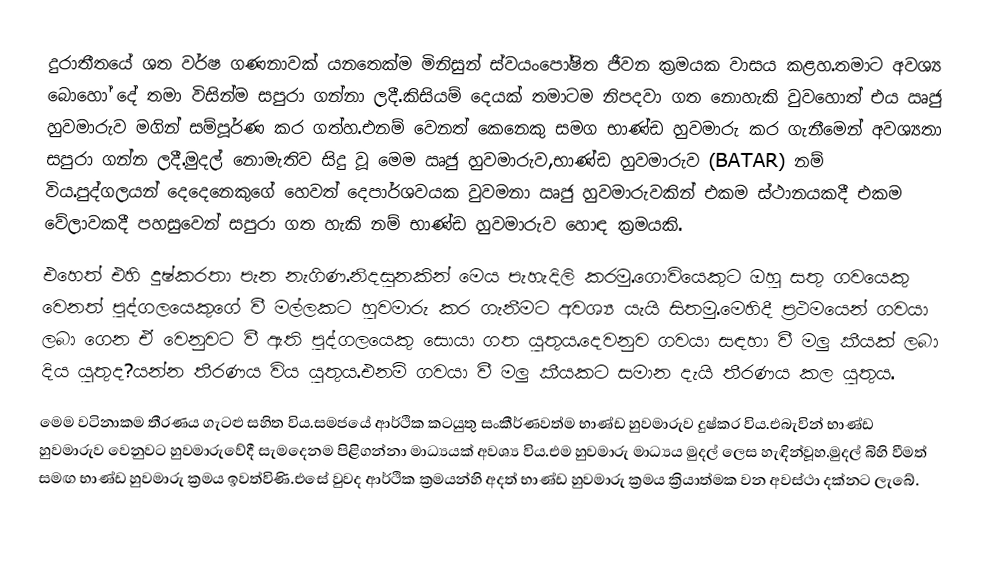
දුරාතීතයේ ශත වර්ෂ ගණනාවක් යනතෙක්ම මිනිසුන් ස්වයංපෝෂිත ජීවන ක්‍රමයක වාසය කළහ.තමාට අවශ්‍ය බොහෝ දේ තමා විසින්ම සපුරා ගන්නා ලදී.කිසියම් දෙයක් තමාටම නිපදවා  ගත නොහැකි වුවහොත් එය ඍජු හුවමාරුව මගින් සම්පූර්ණ කර ගත්හ.එනම් වෙනත් කෙනෙකු සමග භාණ්ඩ හුවමාරු කර ගැනීමෙන් අවශ්‍යතා සපුරා ගන්න ලදී.මුදල් නොමැතිව සිදු වූ මෙම ඍජු හුවමාරුව,භාණ්ඩ හුවමාරුව (BATAR) නම් විය.පුද්ගලයන් දෙදෙනෙකුගේ හෙවත් දෙපාර්ශවයක වුවමනා ඍජු හුවමාරුවකින් එකම ස්ථානයකදී එකම වේලාවකදී පහසුවෙන් සපුරා ගත හැකි නම් භාණ්ඩ හුවමාරුව හොඳ ක්‍රමයකි.
එහෙත් එහි දුෂ්කරතා පැන නැගිණ.නිදසුනකින් මෙය පැහැදිලි කරමු.ගොවියෙකුට ඔහු සතු ගවයෙකු වෙනත් පුද්ගලයෙකුගේ වී මල්ලකට  හුවමාරු කර ගැනීමට අවශ්‍ය යැයි සිතමු.මෙහිදී ප්‍රථමයෙන් ගවයා  ලබා ගෙන ඒ වෙනුවට වී  ඇති  පුද්ගලයෙකු සොයා ගත යුතුය.දෙවනුව ගවයා සඳහා වී මලු කීයක් ලබා දිය යුතුද?යන්න තීරණය විය යුතුය.එනම් ගවයා  වී මලු කීයකට සමාන දැයි තීරණය කල යුතුය.
මෙම වටිනාකම තීරණය ගැටළු සහිත විය.සමජයේ ආර්ථික කටයුතු සංකීර්ණවත්ම භාණ්ඩ හුවමාරුව දුෂ්කර විය.එබැවින් භාණ්ඩ හුවමාරුව වෙනුවට හුවමාරුවේදී සැමදෙනම පිළිගන්නා මාධ්‍යයක් අවශ්‍ය විය.එම හුවමාරු මාධ්‍යය  මුදල්   ලෙස හැඳින්වූහ.මුදල් බිහි වීමත් සමඟ භාණ්ඩ හුවමාරු ක්‍රමය ඉවත්විණි.එසේ වුවද ආර්ථික ක්‍රමයන්හි අදත් භාණ්ඩ හුවමාරු ක්‍රමය ක්‍රියාත්මක වන අවස්ථා දක්නට ලැබේ.